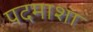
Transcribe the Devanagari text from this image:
पदमाशा